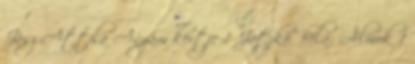
Jász Attila Anyám kertje 1 Jatzkó Béla: Álmok 1